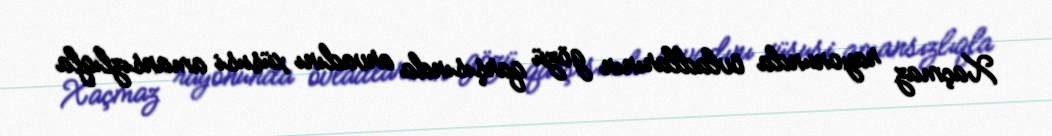
Xaçmaz rayonunda övladlarının gözü qarşısında arvadını xüsusi amansızlıqla